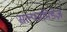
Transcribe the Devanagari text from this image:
सल्फामिडेज़